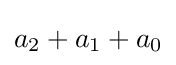
a_{2}+a_{1}+a_{0}